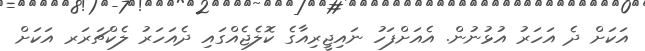
އަކަށް ދެ އަހަރު އުޅުނުން. އެއަށްފަހު ނައިޖީރިއާގެ ކޮލެޖެއްގައި ދެއަހަރު ލެކްޗަރަރ އަކަށް